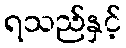
ရသည်နှင့်